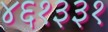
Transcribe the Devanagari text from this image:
४६१३३१